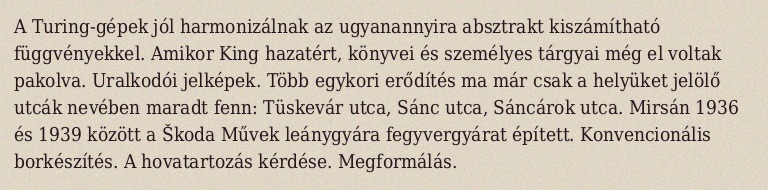
A Turing-gépek jól harmonizálnak az ugyanannyira absztrakt kiszámítható függvényekkel. Amikor King hazatért, könyvei és személyes tárgyai még el voltak pakolva. Uralkodói jelképek. Több egykori erődítés ma már csak a helyüket jelölő utcák nevében maradt fenn: Tüskevár utca, Sánc utca, Sáncárok utca. Mirsán 1936 és 1939 között a Škoda Művek leánygyára fegyvergyárat épített. Konvencionális borkészítés. A hovatartozás kérdése. Megformálás.